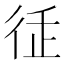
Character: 𢓩